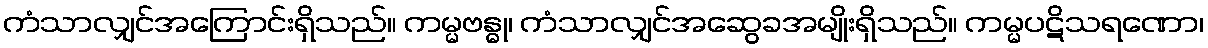
ကံသာလျှင်အကြောင်းရှိသည်။ ကမ္မဗန္ဓု၊ ကံသာလျှင်အဆွေခအမျိုးရှိသည်။ ကမ္မပဋိသရဏော၊